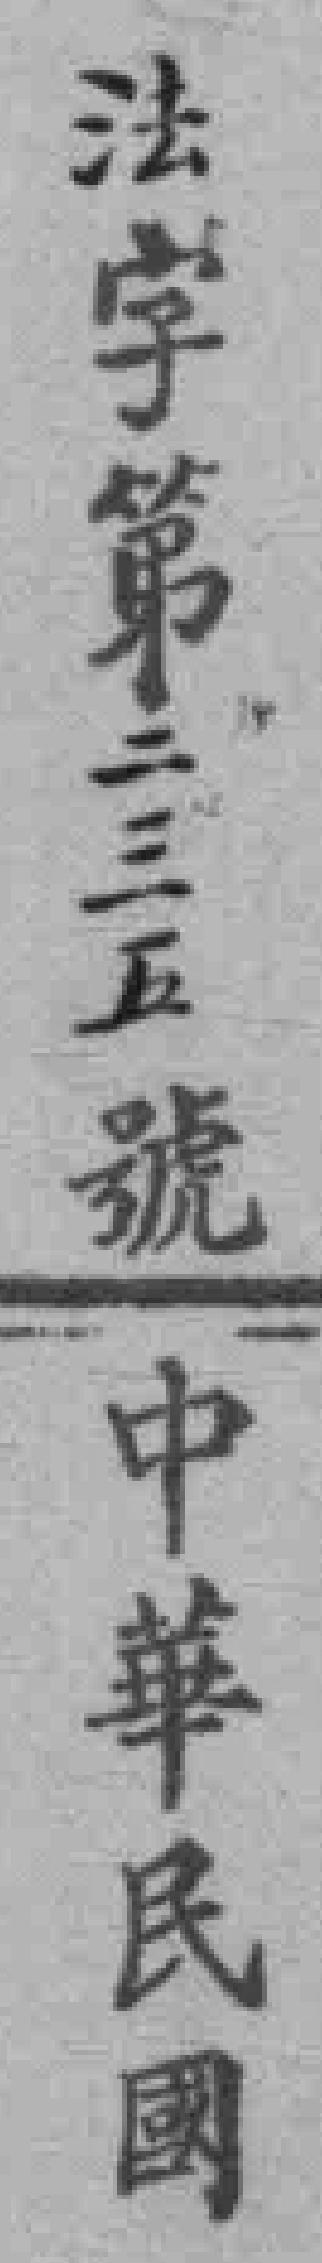
法字第二三五號中華民國